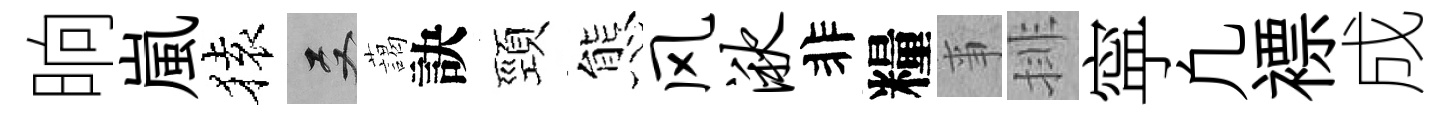
晌嵐𫞤双藹訣頸態风湫非糧亊排寜凢褾成